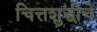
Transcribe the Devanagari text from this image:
चित्तशुद्धीचे